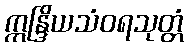
ဣန္ဒြိယသံဝရသုတ္တံ